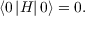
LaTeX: \left\langle 0 \left| H \right| 0 \right\rangle = 0 .